French and German assistants in Scottish schools and training centres, 1938
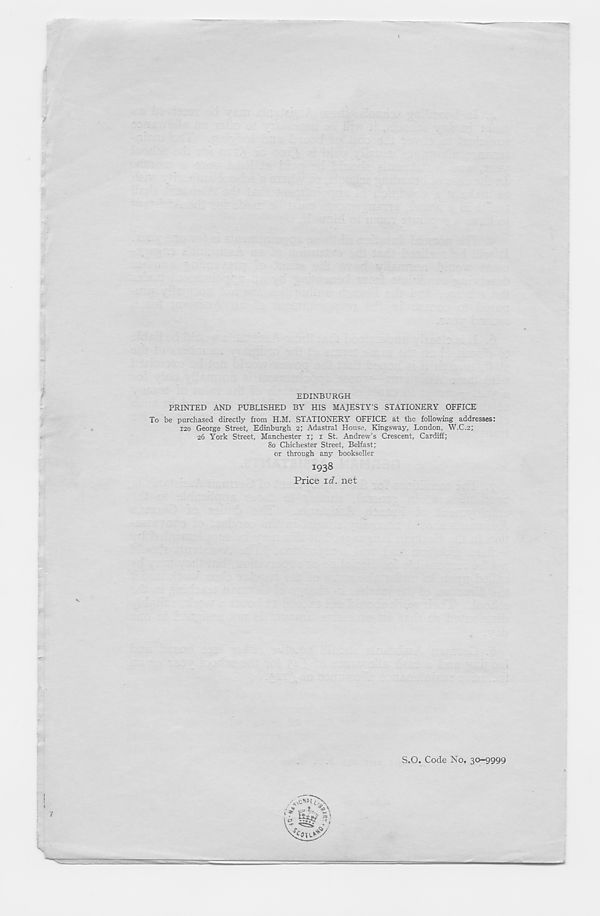
EDINBURGH
PRINTED AND PUBLISHED BY HIS MAJESTY’S STATIONERY OFFICE
To be purchased directly from H.M. STATIONERY OFFICE at the following addresses:
120 George Street, Edinburgh 2; Adastral House, Kingsway, London, W.C.2;
26 York Street, Manchester 1; x St. Andrew’s Crescent, Cardiff;
80 Chichester Street, Belfast;
or through any bookseller
1938
Price id. net
S.O. Code No. 30-9999
-/